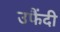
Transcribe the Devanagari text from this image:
उफैंदी